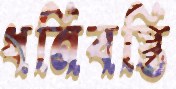
ধনিবস্তি